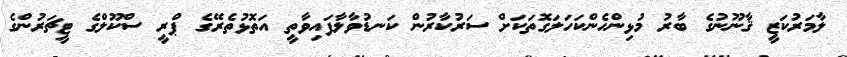
ލާމަރުކަޒީ ޤާނޫނުގެ ބާރު މުޅިންހެންކަހަލަގޮތަކަށް ސަރުކާރުން ކަނޑުވާލާފައިވާތީ އަތޮޅުތެރޭގެ ޕްރީ ސްކޫލްގެ ޓީޗަރުންގެ